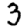
Digit: 3